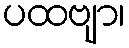
ပထဗျာ၊